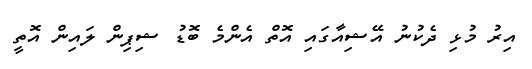
އިރު މުޅި ދެކުނު އޭޝިއާގައި އޮތް އެންމެ ބޮޑު ޝިޕިން ލައިން އޮތީ